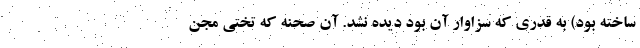
ساخته بود) به قدری که سزاوار آن بود دیده نشد. آن صحنه که تختی مجن